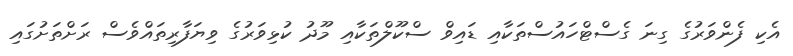
އެކި ފެންވަރުގެ ގިނަ ގެސްޓްހައުސްތަކާއި ޑައިވް ސްކޫލްތަކާއި މޫދު ކުޅިވަރުގެ ވިޔަފާރިތައްވެސް ރަށްތަށުގައި